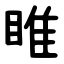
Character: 睢